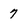
Character: 7